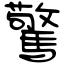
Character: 驚